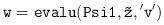
\begin{align*}{\tt w=evalu(Psi1,\tilde z,{'v'})}\end{align*}